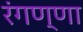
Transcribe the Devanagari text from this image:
रंगण्णा